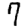
Digit: 7